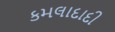
કમલાદાદી